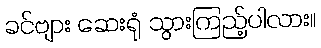
ခင်ဗျား ဆေးရုံ သွားကြည့်ပါလား။